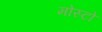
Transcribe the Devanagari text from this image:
मोस्टो